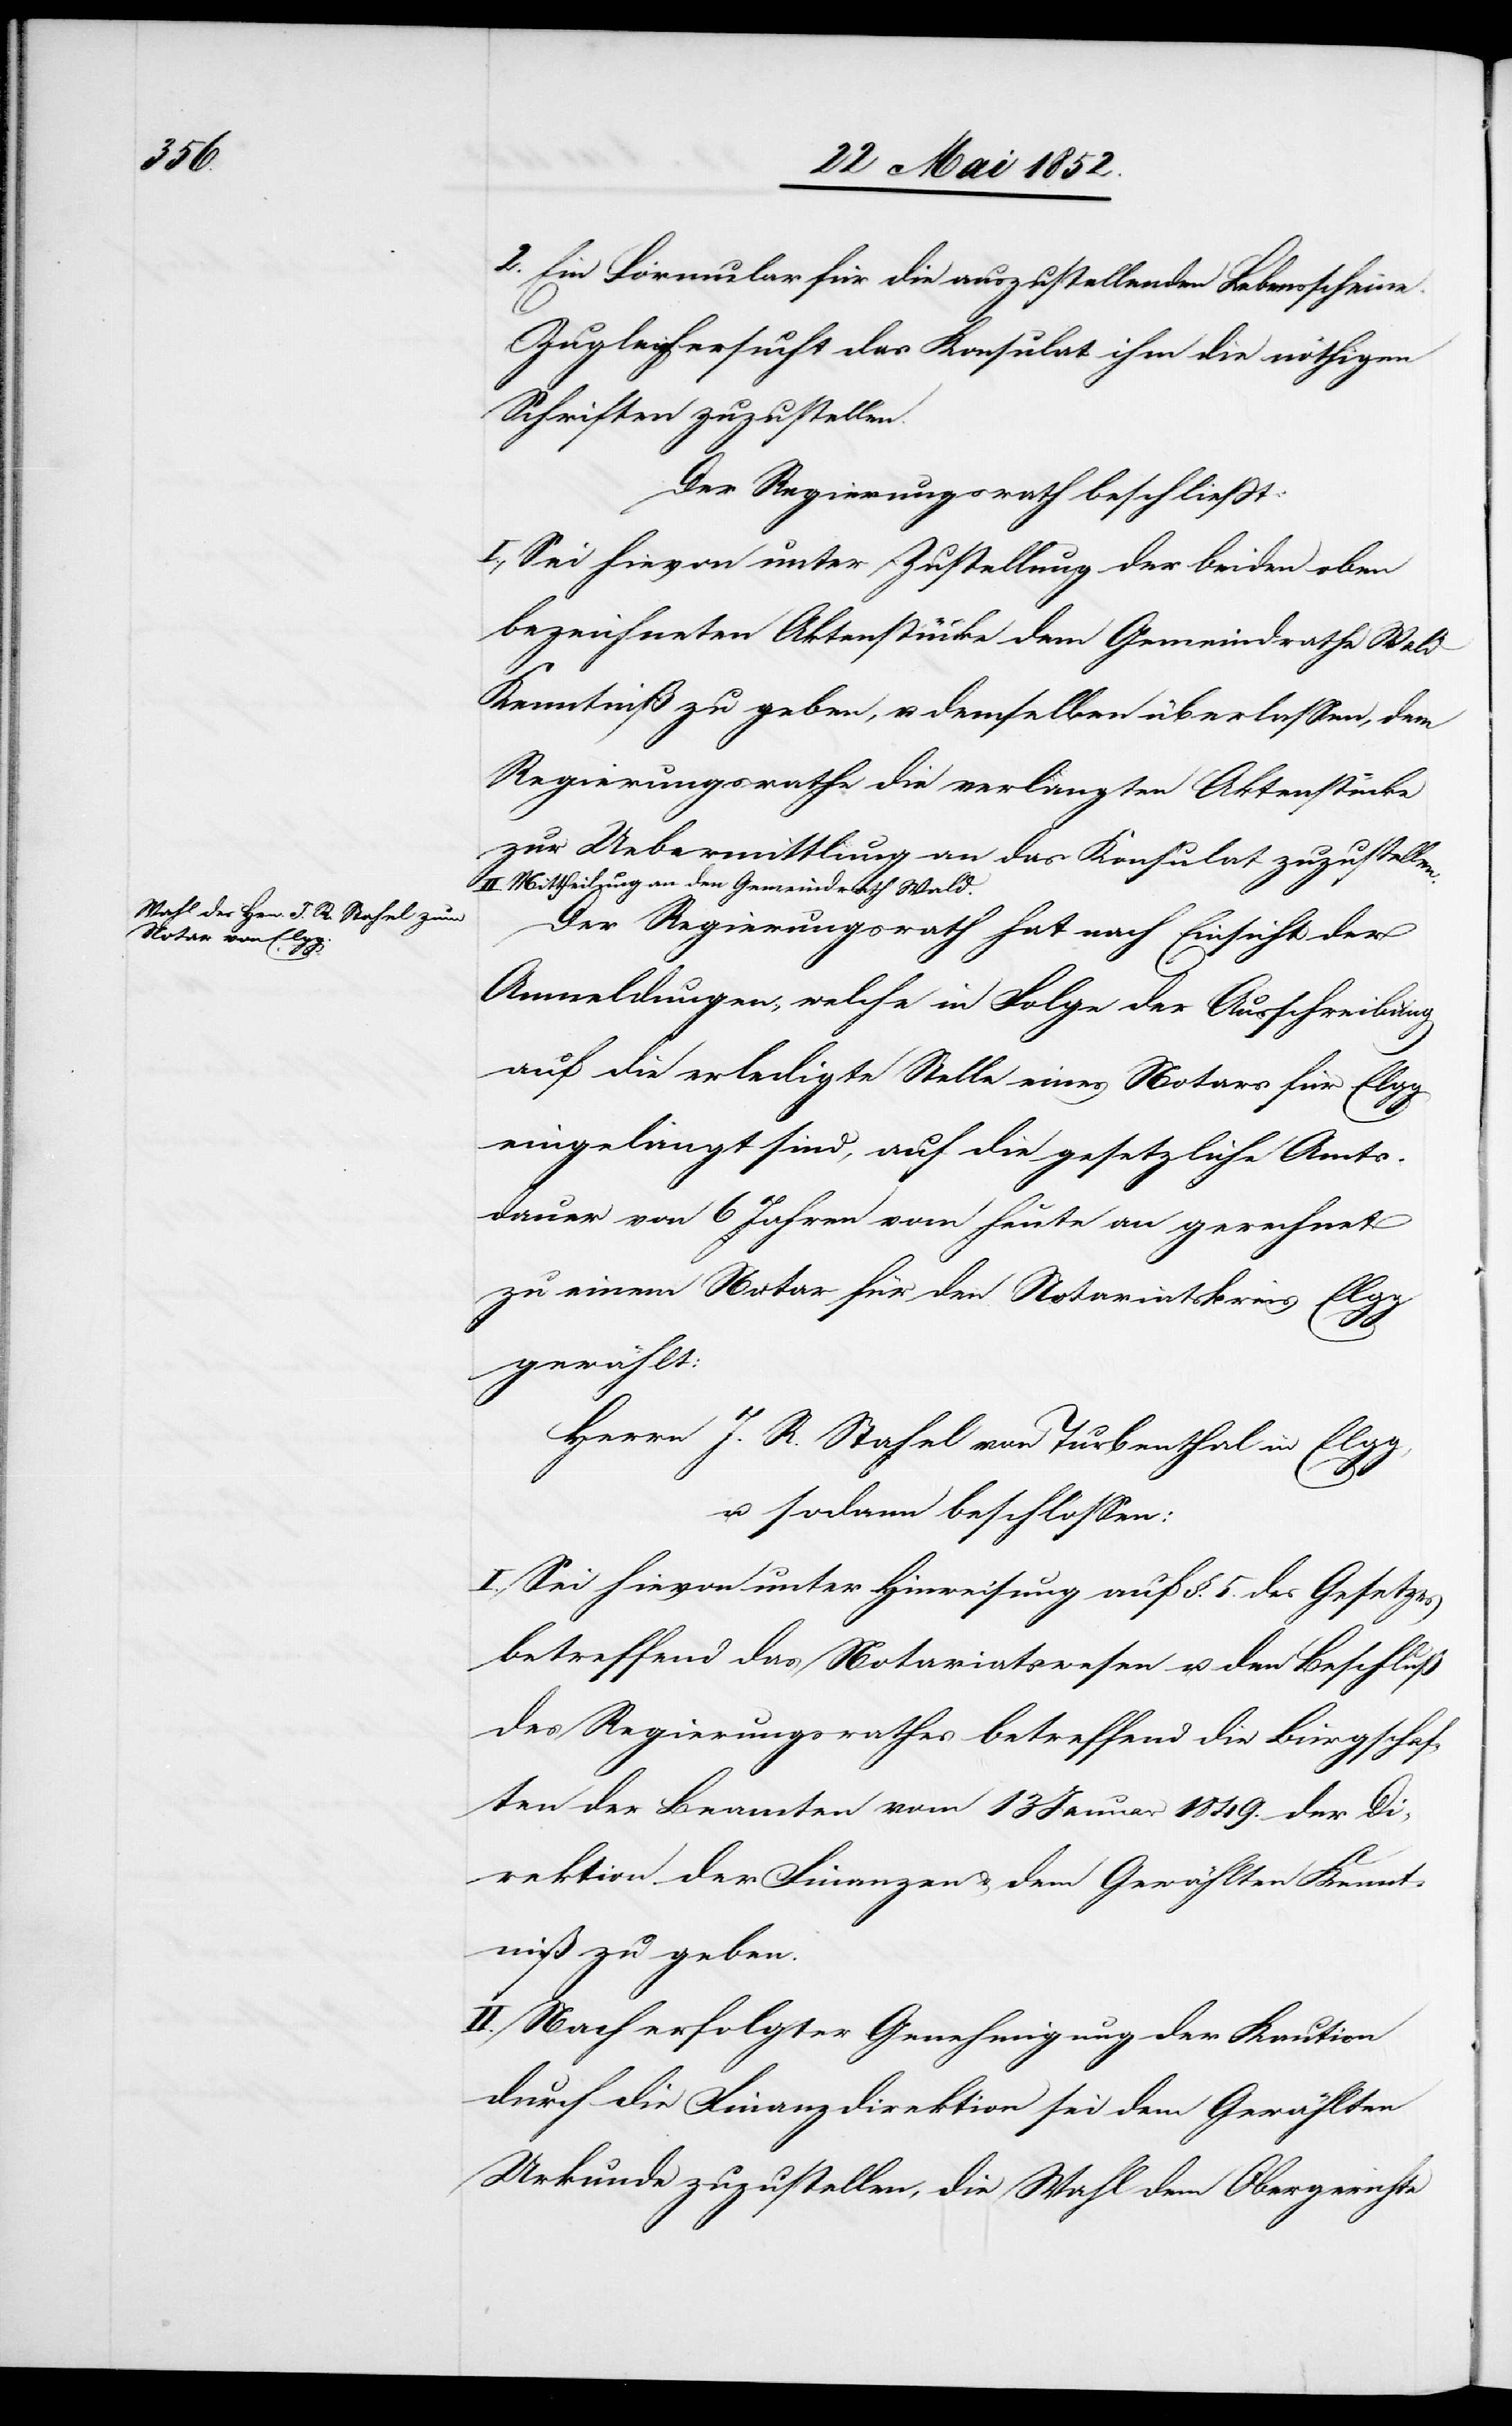
2. Ein Formular für die auszustellenden Lebensscheine.
Zugleich ersucht das Konsulat ihm die nöthigen
Schriften zuzustellen.
Der Regierungsrath beschliesst:
I., Sei hievon unter Zustellung der beiden oben
bezeichneten Aktenstücke dem Gemeindrathe Wald
Kenntniß zu geben, u. demselben überlassen, dem
Regierungsrathe die verlangten Aktenstücke
zur Uebermittlung an das Konsulat zuzustellen.
II. Mittheilung an den Gemeindrath Wald.
Der Regierungsrath hat nach Einsicht der
Anmeldungen, welche in Folge der Ausschreibung
auf die erledigte Stelle eines Notars für Elgg
eingelangt sind, auf die gesetzliche Amts¬
dauer von 6 Jahren vom [sic!] heute an gerechnet
zu einem Notar für den Notariatskreis Elgg
gewählt:
Herrn J. R. Stahel von Turbenthal in Elgg,
u. sodann beschlossen:
I., Sei hievon unter Hinweisung auf §. 5. des Gesetzes
betreffend das Notariatswesen u. den Beschluß
des Regierungsrathes betreffend die Bürgschaf¬
ten der Beamten vom 13 Januar 1849. der Di¬
rektion der Finanzen & dem Gewählten Kennt¬
niß zu geben.
II. Nach erfolgter Genehmigung der Kaution
durch die Finanzdirektion sei dem Gewählten
Urkunde zuzustellen, die Wahl dem Obergerichte